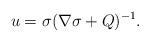
LaTeX: \begin{align*} u = \sigma(\nabla\sigma+Q)^{-1}.\end{align*}